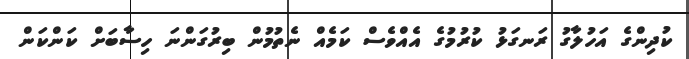
ކުދިންގެ އަހުލާގު ރަނގަޅު ކުރުމުގެ އެއްވެސް ކަމެއް ނެތުމުން ބިރުގަންނަ ހިސާބަށް ކަންކަން